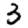
Digit: 3